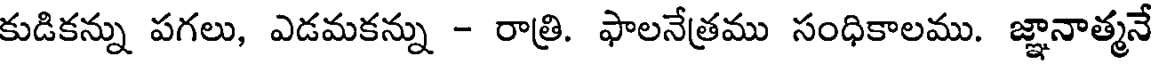
కుడికన్ను పగలు, ఎడమకన్ను - రాత్రి. ఫాలనేత్రము సంధికాలము. జ్ఞానాత్మనే